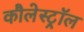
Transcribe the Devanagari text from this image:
कौलेस्ट्रॉल